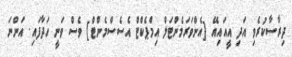
ދިރާސާކުރެވި އަދި އީއައިއޭ [އެންވަރަމެންޓަލް އިމްޕެކްޓް އެސެސްމެންޓް] ވެސް ވަނީ ހަދާފައި. އަންނަ